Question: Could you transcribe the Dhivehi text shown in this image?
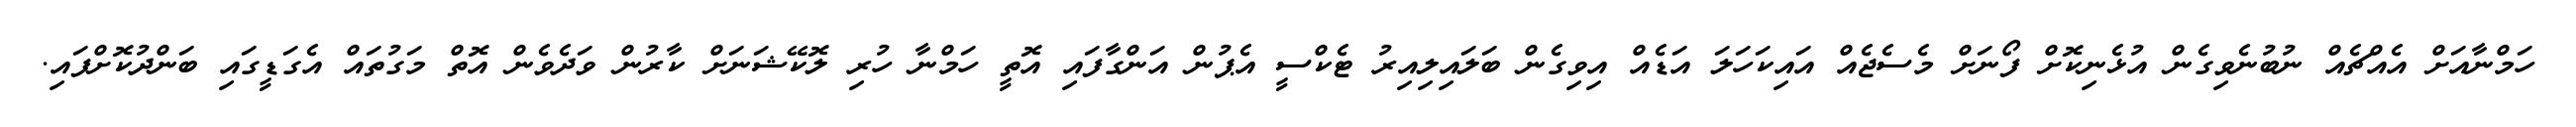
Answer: ހަމްނާއަށް އެއްޗެއް ނުބުނެވިގެން އުޅެނިކޮށް ފޯނަށް މެސެޖެއް އައިކަހަލަ އަޑެއް އިވިގެން ބަލައިލިއިރު ޓެކްސީ އެޕުން އަންގާފައި އޮތީ ހަމްނާ ހުރި ލޮކޭޝަނަށް ކާރުން ވަދެވެން އޮތް މަގުތައް އެގަޑީގައި ބަންދުކޮށްފައި.